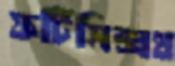
ফর্টিসিক্সথ